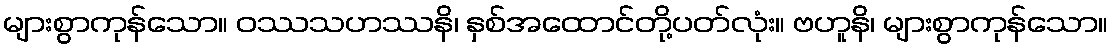
များစွာကုန်သော။ ဝဿသဟဿနိ၊ နှစ်အထောင်တို့ပတ်လုံး။ ဗဟူနိ၊ များစွာကုန်သော။